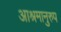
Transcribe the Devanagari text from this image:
आश्रमानुरुप